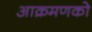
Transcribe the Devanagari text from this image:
आक्रमणको